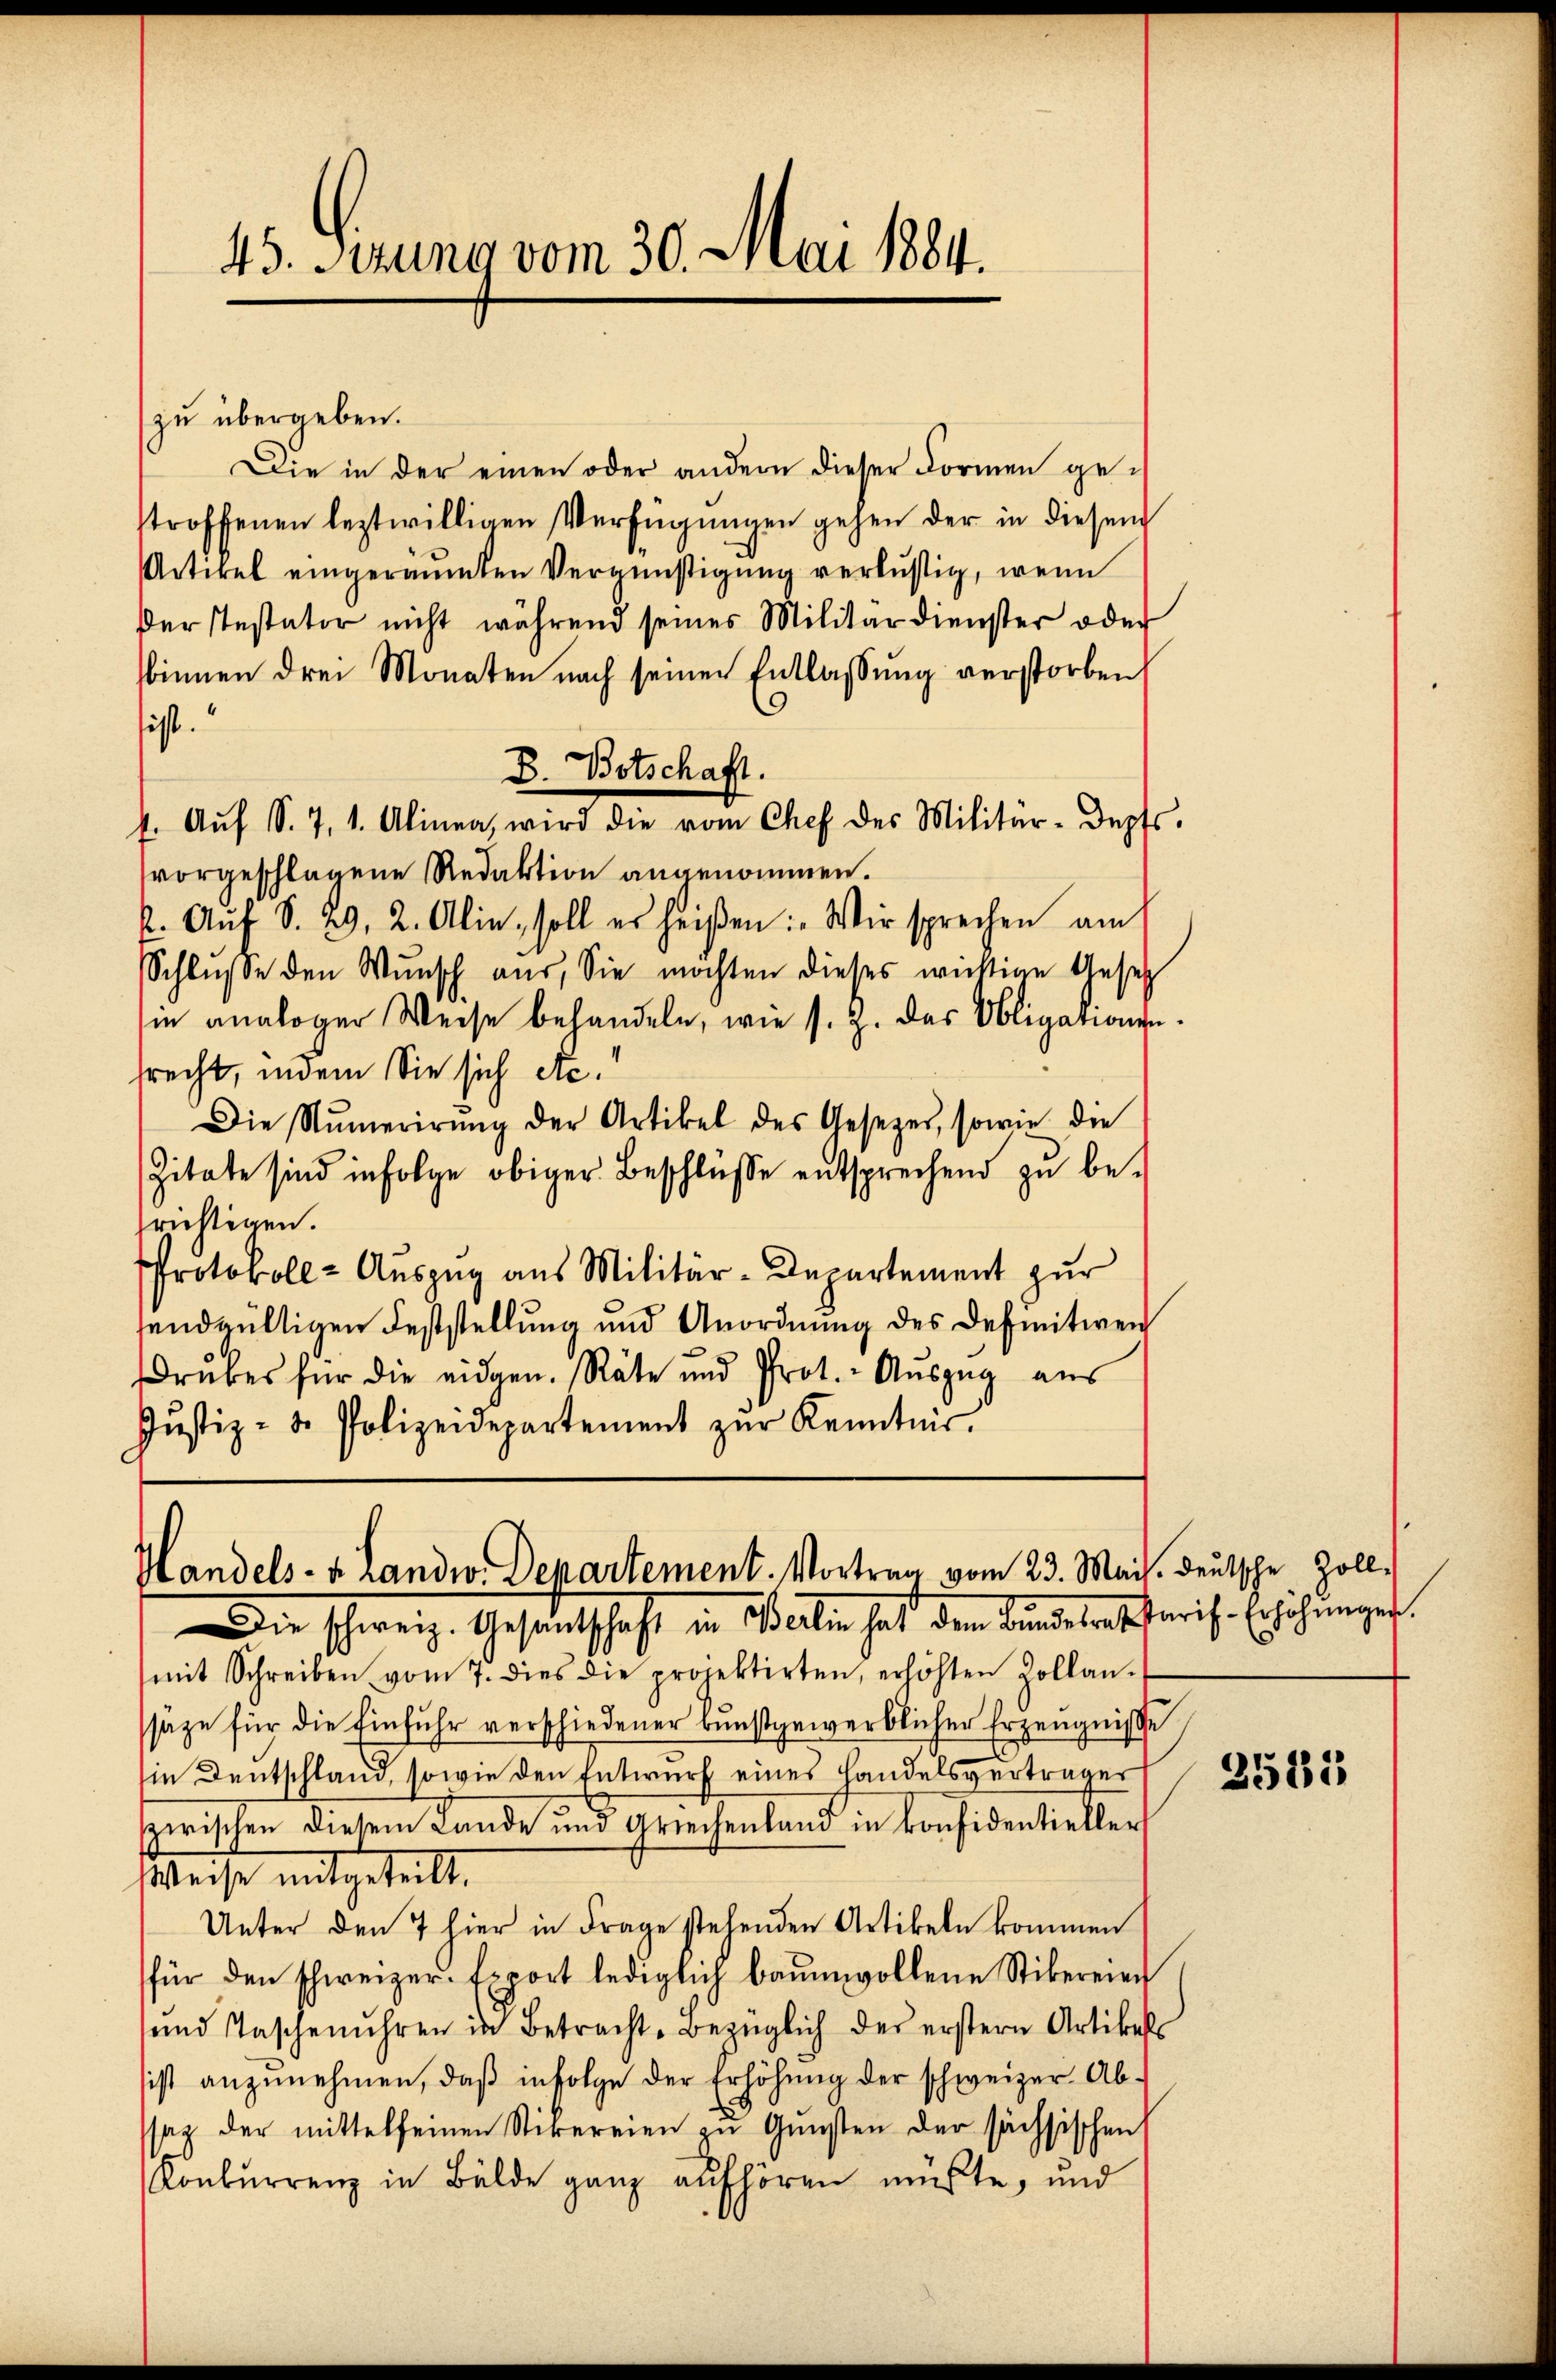
zu übergeben.
Die in der einen oder andern dieser Formen getroffenen leztwilligen Verfügŭngen gehen der in diesem
Artikel eingeräumten Vergünstigung verlustig, wenn
der stestator nicht während seines Militärdienster oder
binnen drei Monaten nach seiner Entlassung verstorben
sist.
B. Botschaft.
4. Aŭf S. 7, 1. Alinea, wird die vom Chef des Militär-depts.
vorgeschlagene Redaktion angenommen.
2. Aŭf S. 29, 2. Alin, soll es heißen: „Wir sprechen am
Schlŭsse den Wŭnsch aŭs, Sie möchten dieses wichtige Gesetz
sin analoger Weise behandeln, wie s. Z. das Obligationen.
srecht, indem Sie sich etc.
Die Numerirŭng der Artikel des Gesezer, sowie die
Zitate sind infolge obiger Beschlüsse entsprechend zu be-
richtigen.
Protokoll- Auszug aus Militär-Departement zur
sendgültigen Feststellung und Anordnung des Definitiven
rubes für die eidgen. Räte und Prot. Aŭszŭg aŭs
Jŭstiz- u. Polizeidepartement zŭr Kenntnis.

45. Serung vom 30. Mai 1884.

Handels- u. Landw. Departement. Vortrag vom 23. Mais. deutsche Zoll¬

Die schweiz. Gesandtschaft in Berlin hat dem Bundesrat Paris-Erhöhungen.
(mit Schreiben vom 7. dies die projektirten, erhöhten Zollan-
säze für die Einfuhr verschiedener bunstgewerblicher Erzeugnisse
in Deutschland, sowie den Entwurf eines Handelsverträger
zwischen diesem Lande und Griechenland in Confidentieller
Weise mitgeteilt,
Unter den 7 hier in Frage stehenden Artikeln kommen
für den schweizer. Export lediglich baumwollene Stibereien
und Taschenuhren in Betracht-Bezüglich der erstern Artikels
sist anzŭnehmen, daβ infolge der Erhöhŭng der schweizer Ab-
sag der mittelseinen Stickereien zu Gunsten der sächsischen
Konkurrenz in Bälde ganz aufhören müßte, und

2581